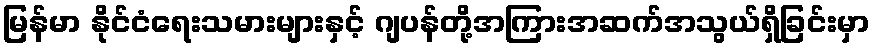
မြန်မာ နိုင်ငံရေးသမားများနှင့် ဂျပန်တို့အကြားအဆက်အသွယ်ရှိခြင်းမှာ